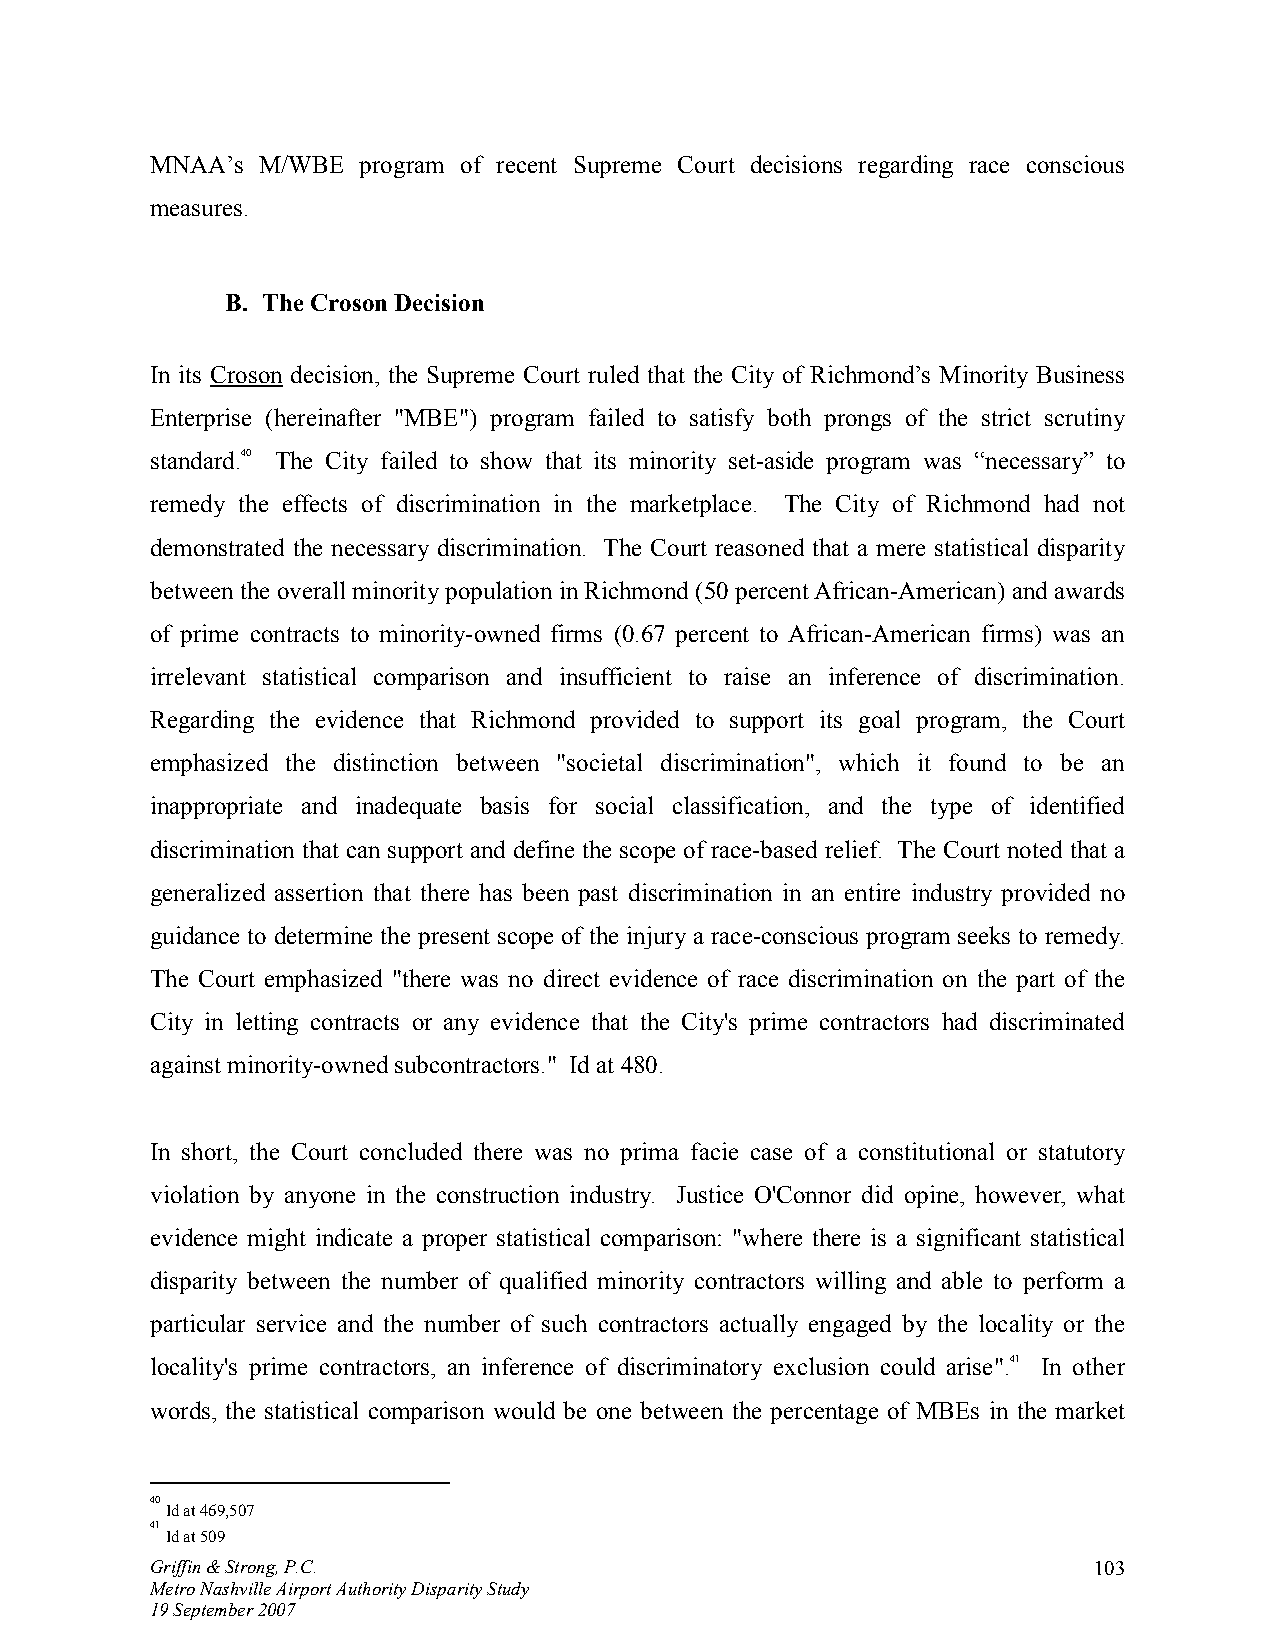
MNAA’s M/WBE  program of recent Supreme Court decisions regarding race conscious
 measures.
 B. The Croson Decision
 In its Croson decision, the Supreme Court ruled that the City of Richmond’s Minority Business
 Enterprise (hereinafter "MBE") program failed to satisfy both prongs of the strict scrutiny
 standard.40 The City failed to show that its minority set-aside program was “necessary” to
 remedy the effects of discrimination in the marketplace. The City of Richmond had not
 demonstrated the necessary discrimination. The Court reasoned that a mere statistical disparity
 between the overall minority population in Richmond (50 percent African-American) and awards
 of prime contracts to minority-owned firms (0.67 percent to African-American firms) was an
 irrelevant statistical comparison and insufficient to raise an inference of discrimination.
 Regarding the evidence that Richmond provided to support its goal program, the Court
 emphasized the distinction between "societal discrimination", which it found to be an
 inappropriate and inadequate basis for social classification, and the type of identified
 discrimination that can support and define the scope of race-based relief. The Court noted that a
 generalized assertion that there has been past discrimination in an entire industry provided no
 guidance to determine the present scope of the injury a race-conscious program seeks to remedy.
 The Court emphasized "there was no direct evidence of race discrimination on the part of the
 City in letting contracts or any evidence that the City's prime contractors had discriminated
 against minority-owned subcontractors." Id at 480.
 In short, the Court concluded there was no prima facie case of a constitutional or statutory
 violation by anyone in the construction industry. Justice O'Connor did opine, however, what
 evidence might indicate a proper statistical comparison: "where there is a significant statistical
 disparity between the number of qualified minority contractors willing and able to perform a
 particular service and the number of such contractors actually engaged by the locality or the
 locality's prime contractors, an inference of discriminatory exclusion could arise".41 In other
 words, the statistical comparison would be one between the percentage of MBEs in the market
 40
 Id at 469,507
 41
 Id at 509
 Griffin & Strong, P.C.                                        103
 Metro Nashville Airport Authority Disparity Study
 19 September 2007